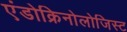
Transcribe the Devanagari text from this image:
एंडोक्रिनोलोजिस्ट